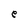
Character: e